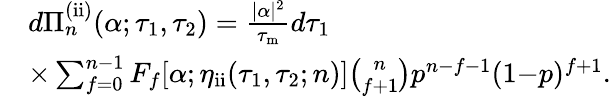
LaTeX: \begin{array}{rl}&{d\Pi_{n}^{\mathrm{(ii)}}(\alpha;\tau_{1},\tau_{2})=\frac{|\alpha|^{2}}{\tau_{\mathrm{m}}}d\tau_{1}}\\ &{\times\sum_{f=0}^{n-1}F_{f}[\alpha;\eta_{\mathrm{ii}}(\tau_{1},\tau_{2};n)]\binom{n}{f+1}p^{n-f-1}(1{-}p)^{f+1}.}\end{array}